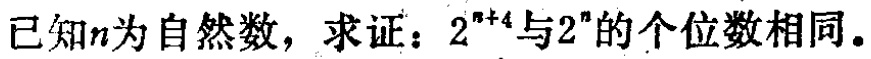
已知\(n\)为自然数，求证：\(2^{n + 4}\)与\(2^{n}\)的个位数相同。